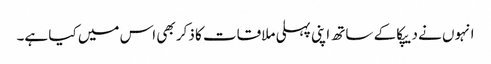
انہوں نے دیپکا کے ساتھ اپنی پہلی ملاقات کا ذکر بھی اس میں کیا ہے۔